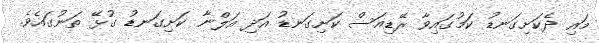
މައި ދެކަށިގަނޑު ކަމުގައިވާ ރޭޑިއަސް ކަށިގަނޑު އަދި އަލްނާ ކަށިގަނޑު ގުޅޭ ތަނުގައެވެ.